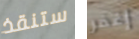
ستنقذ إغفر